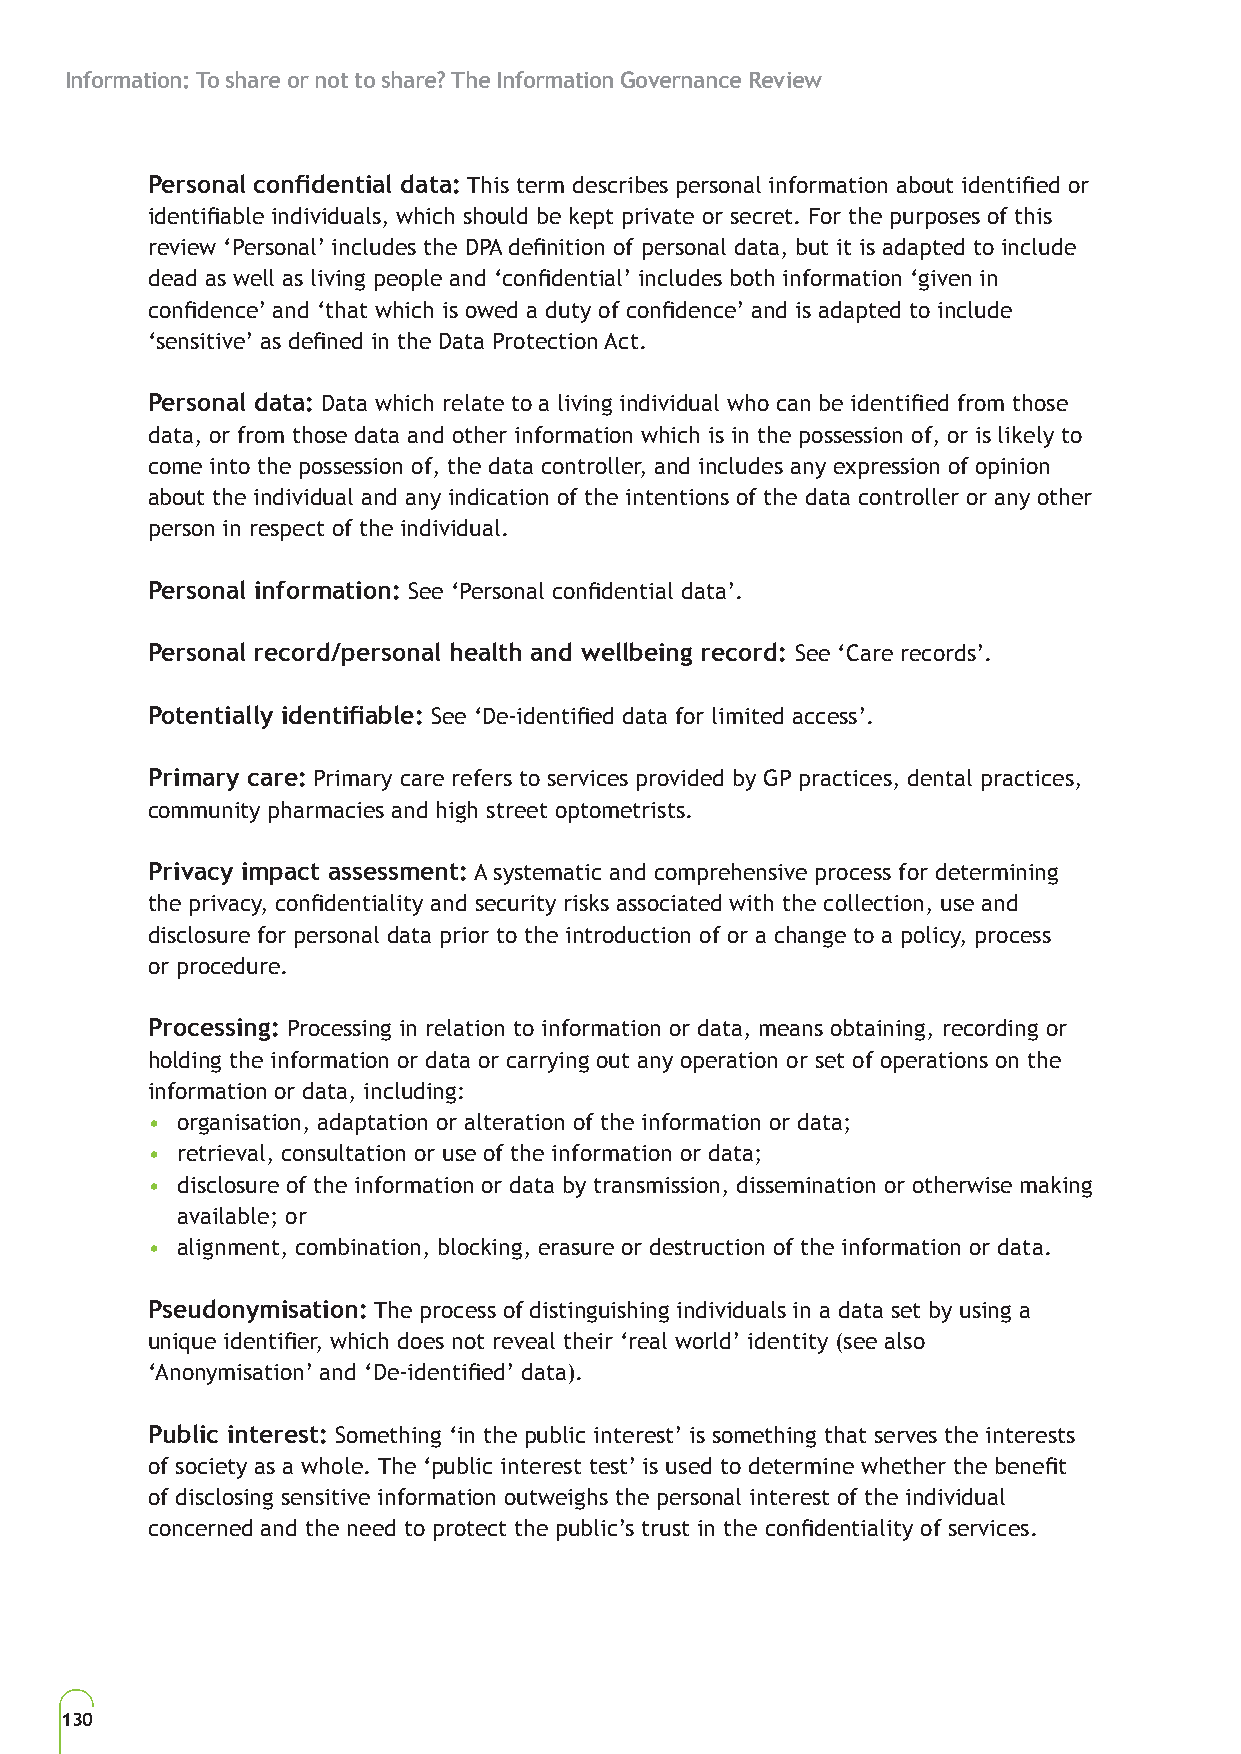
Information: To share or not to share? The Information Governance Review
 Personal confidential data: This term describes personal information about identified or
 identifiable individuals, which should be kept private or secret. For the purposes of this
 review ‘Personal’ includes the DPA definition of personal data, but it is adapted to include
 dead as well as living people and ‘confidential’ includes both information ‘given in
 confidence’ and ‘that which is owed a duty of confidence’ and is adapted to include
 ‘sensitive’ as defined in the Data Protection Act.
 Personal data: Data which relate to a living individual who can be identified from those
 data, or from those data and other information which is in the possession of, or is likely to
 come into the possession of, the data controller, and includes any expression of opinion
 about the individual and any indication of the intentions of the data controller or any other
 person in respect of the individual.
 Personal information: See ‘Personal confidential data’.
 Personal record/personal health and wellbeing record: See ‘Care records’.
 Potentially identifiable: See ‘De-identified data for limited access’.
 Primary care: Primary care refers to services provided by GP practices, dental practices,
 community pharmacies and high street optometrists.
 Privacy impact assessment: A systematic and comprehensive process for determining
 the privacy, confidentiality and security risks associated with the collection, use and
 disclosure for personal data prior to the introduction of or a change to a policy, process
 or procedure.
 Processing: Processing in relation to information or data, means obtaining, recording or
 holding the information or data or carrying out any operation or set of operations on the
 information or data, including:
 • organisation, adaptation or alteration of the information or data;
 • retrieval, consultation or use of the information or data;
 • disclosure of the information or data by transmission, dissemination or otherwise making
 available; or
 • alignment, combination, blocking, erasure or destruction of the information or data.
 Pseudonymisation: The process of distinguishing individuals in a data set by using a
 unique identifier, which does not reveal their ‘real world’ identity (see also
 ‘Anonymisation’ and ‘De-identified’ data).
 Public interest: Something ‘in the public interest’ is something that serves the interests
 of society as a whole. The ‘public interest test’ is used to determine whether the benefit
 of disclosing sensitive information outweighs the personal interest of the individual
 concerned and the need to protect the public’s trust in the confidentiality of services.
 130